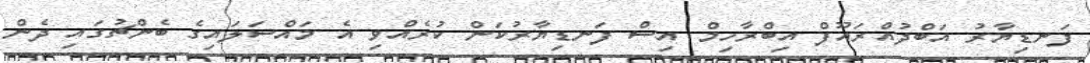
ފަނޑިޔާރު އަބްދުއްރައޫފް އިބްރާހިމް އިސް ފަނޑިޔާރުކަން ކުރެއްވި އެ މައްސަލައިގެ ބެންޗުގައި ދެން